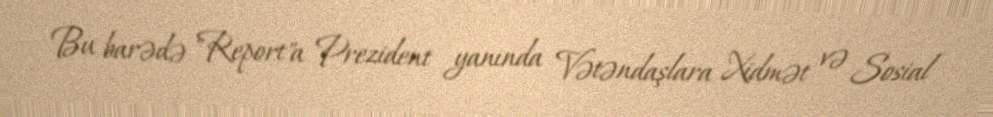
Bu barədə "Report"a Prezident yanında Vətəndaşlara Xidmət və Sosial